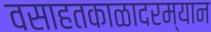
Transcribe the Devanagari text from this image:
वसाहतकाळादरम्यान